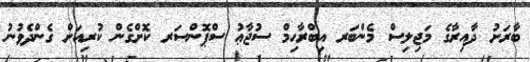
ބާރަށު ދާއިރާގެ މަޖިލިސް މެންބަރ އިބްރާޙިމް ސުޖާޢު ސްޕޮންސަރ ކޮށްގެން ކުރިއަށް ގެންދެވުނު